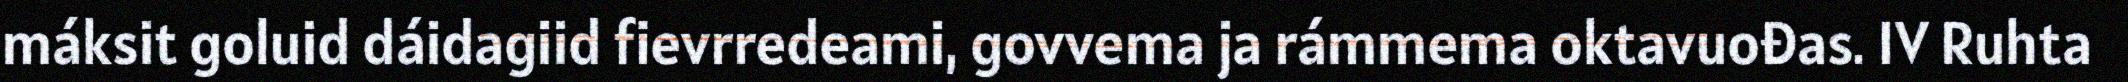
máksit goluid dáidagiid fievrredeami, govvema ja rámmema oktavuođas. IV Ruhta